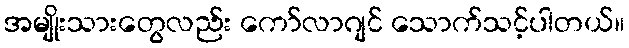
အမျိုးသားတွေလည်း ကော်လာဂျင် သောက်သင့်ပါတယ်။